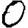
Digit: 0